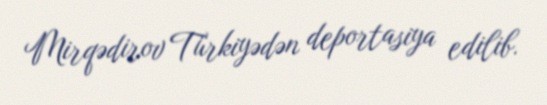
Mirqədirov Türkiyədən deportasiya edilib.